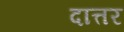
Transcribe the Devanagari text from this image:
दात्तर